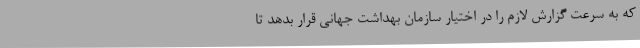
که به سرعت گزارش لازم را در اختیار سازمان بهداشت جهانی قرار بدهد تا